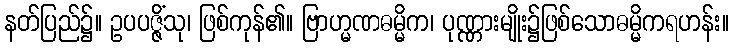
နတ်ပြည်၌။ ဥပပဇ္ဇိံသု၊ ဖြစ်ကုန်၏။ ဗြာဟ္မဏဓမ္မိက၊ ပုဏ္ဏားမျိုး၌ဖြစ်သောဓမ္မိကရဟန်း။